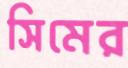
সিমের